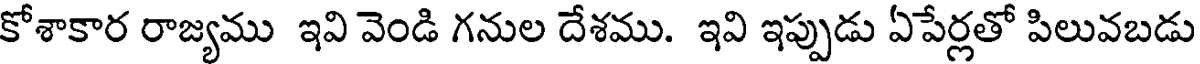
కోశాకార రాజ్యము ఇవి వెండి గనుల దేశము. ఇవి ఇప్పుడు ఏపేర్లతో పిలువబడు